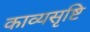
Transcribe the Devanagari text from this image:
काव्यसृष्टि